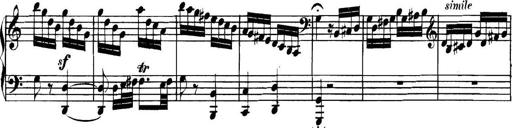
Title: Collected Piano Sonatas
Composer: Muzio Clementi